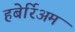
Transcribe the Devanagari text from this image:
हबेर्रिअम